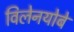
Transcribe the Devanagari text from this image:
विलेनयोबे